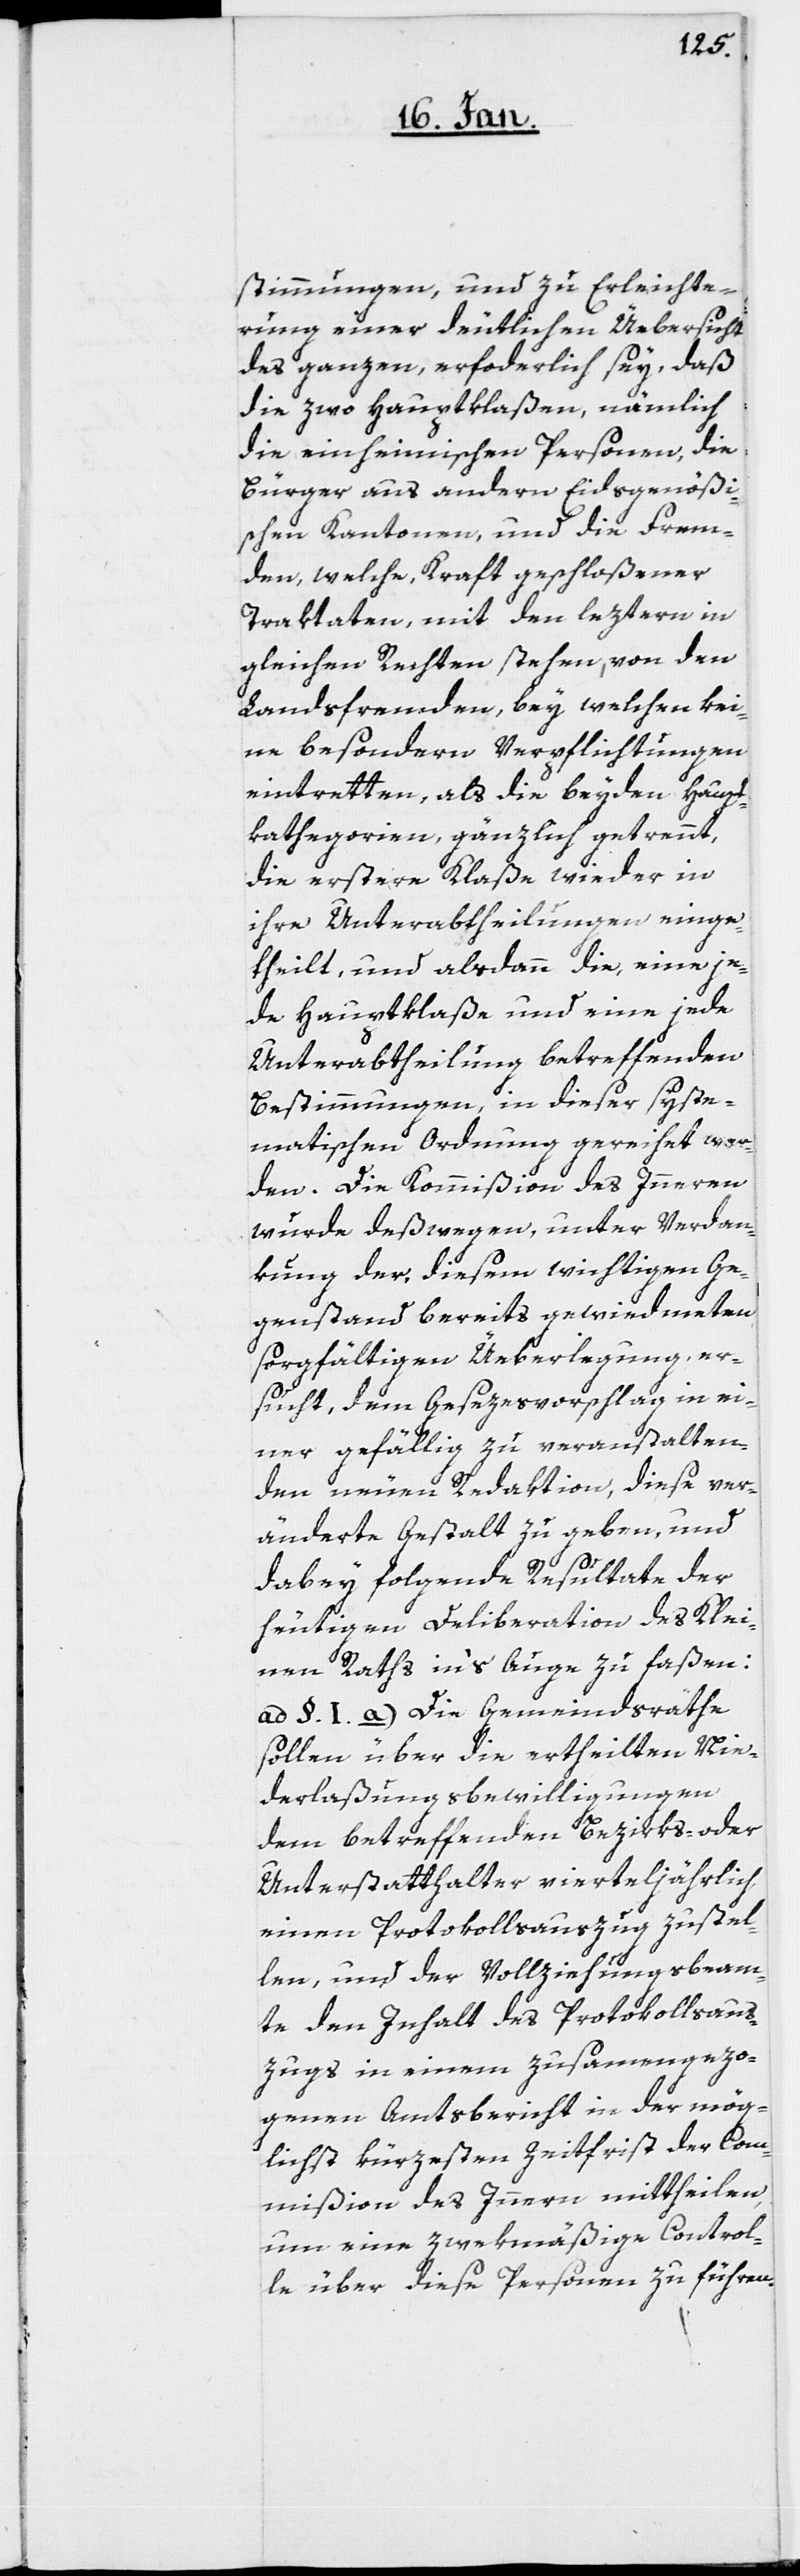
stimmungen und zu Erleichte¬
rung einer deutlichen Übersicht
des Ganzen erforderlich sey, daß
die zwo Hauptklaßen, nämlich
die einheimischen Personen, die
Bürger aus andern Eidsgenößi¬
schen Kantonen, und die Frem¬
den, welche, Kraft geschloßener
Traktaten, mit den leztern in
gleichen Rechten stehen, von den
Landsfremden, bey welchen kei¬
ne besondern Verpflichtungen
eintretten, als die beyden Haupt¬
kathegorien, gänzlich getrennt,
die erstere Klaße wieder in
ihre Unterabtheilungen einge¬
theilt, und alsdann die, eine je¬
de Hauptklaße und eine jede
Unterabtheilung betreffenden
Bestimmungen, in dieser syste¬
matischen Ordnung gereihet wer¬
den. Die Kommißion des Innern
wurde deßwegen, unter Verdan¬
kung der, diesem wichtigen Ge¬
genstand bereits gewiedmeten
sorgfältigen Überlegung, er¬
sucht, dem Gesezesvorschlag in ei¬
ner gefällig zu veranstalten¬
den neuen Redaktion, diese ver¬
änderte Gestalt zu geben, und
dabey folgende Resultate der
heutigen Deliberation des Klei¬
nen Raths in’s Auge zu faßen:
ad §. I. a) Die Gemeindsräthe
sollen über die ertheilten Nie¬
derlaßungsbewilligungen
dem betreffenden Bezirks- oder
Unterstatthalter vierteljährlich
einen Protokollsauszug zustel¬
len, und der Vollziehungsbeam¬
te den Inhalt des Protokollsaus¬
zugs in einem zusammengezo¬
genen Amtsbericht in der mög¬
lichst kürzesten Zeitfrist der Com¬
mißion des Innern mittheilen,
um eine zwekmäßige Control¬
le über diese Personen zu führen.